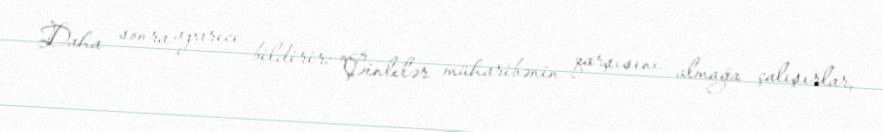
Daha sonra aparıcı bildirir: "Çinlilər müharibənin qarşısını almağa çalışırlar,